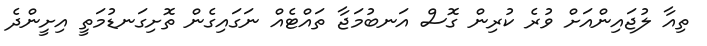
ތިއާ ލުޖައިންއަށް ވުރެ ކުރިން ގޮސް އަނބުމަޖާ ތައްޓެއް ނަގައިގެން ތޮށިގަނޑުމަތީ އިށީންދެ